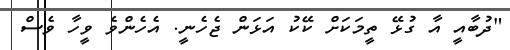
"ދުބާއީ އާ ގުޅޭ ތީމަކަށް ކޭކު އަޅަން ޖެހެނީ. އެހެންވެ ވީހާ ވެސް